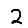
Digit: 2